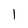
Character: 1